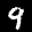
Digit: 9